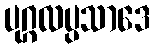
ပုဂ္ဂလပ္ပသာဒေ